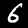
Label: 6